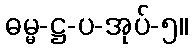
ဓမ္မ-ဋ္ဌ-ပ-အုပ်-၅။